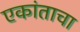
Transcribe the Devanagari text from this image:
एकांताचा